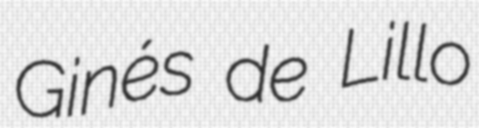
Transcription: Ginés de Lillo